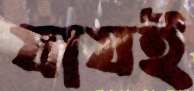
যাযই